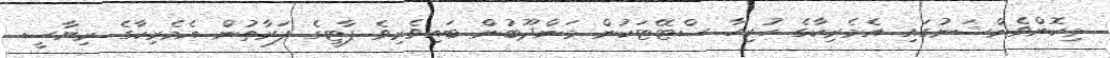
މިކޮންވެންޝަނުގައި އެމެރިކާގެ ހުރިހާ ސްޓޭޓަކުން މަންދޫބުން ބައިވެރިވެ ޕާޓީގެ ފަރާތުން އެމެރިކާގެ ރިޔާސީ